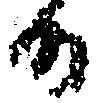
候